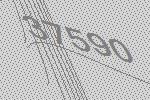
37590